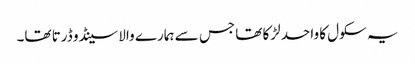
یہ سکول کا واحد لڑکا تھا جس سے ہمارے والا سینڈو ڈرتا تھا۔